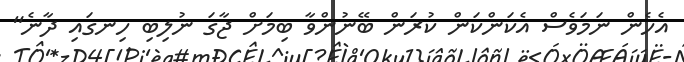
އެހެން ނަމަވެސް އެކަންކަން ކުރަން ބޭނުންވާ ބިމަށް ޖާގަ ނުލިބި ހިނގައި ދާނެ"